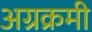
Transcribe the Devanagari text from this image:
अग्रक्रमी